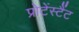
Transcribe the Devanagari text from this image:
प्रोटेंस्टैंट